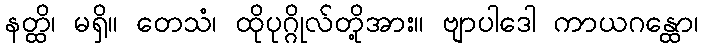
နတ္ထိ၊ မရှိ။ တေသံ၊ ထိုပုဂ္ဂိုလ်တို့အား။ ဗျာပါဒေါ ကာယဂန္ထော၊